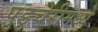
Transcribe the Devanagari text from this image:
पुडुचेरीमध्ये